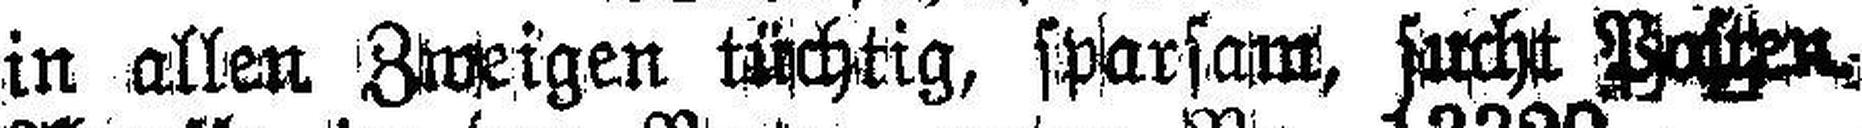
in allen Zweigen tüchtig, sparsam, sucht Posten.